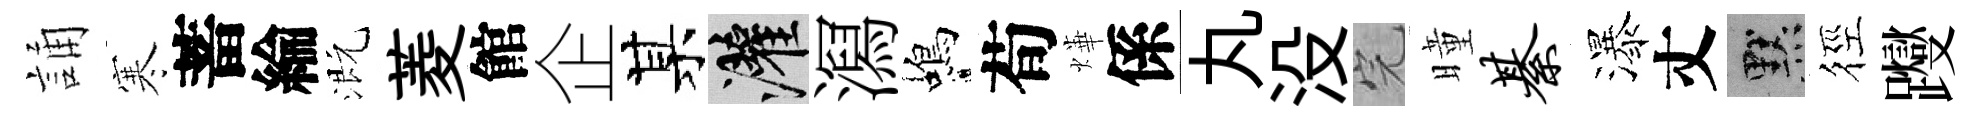
誦寒蓄綸溉菱館企某灌㵼蝎荀燁係丸没完曈綦瀑丈默徑躞